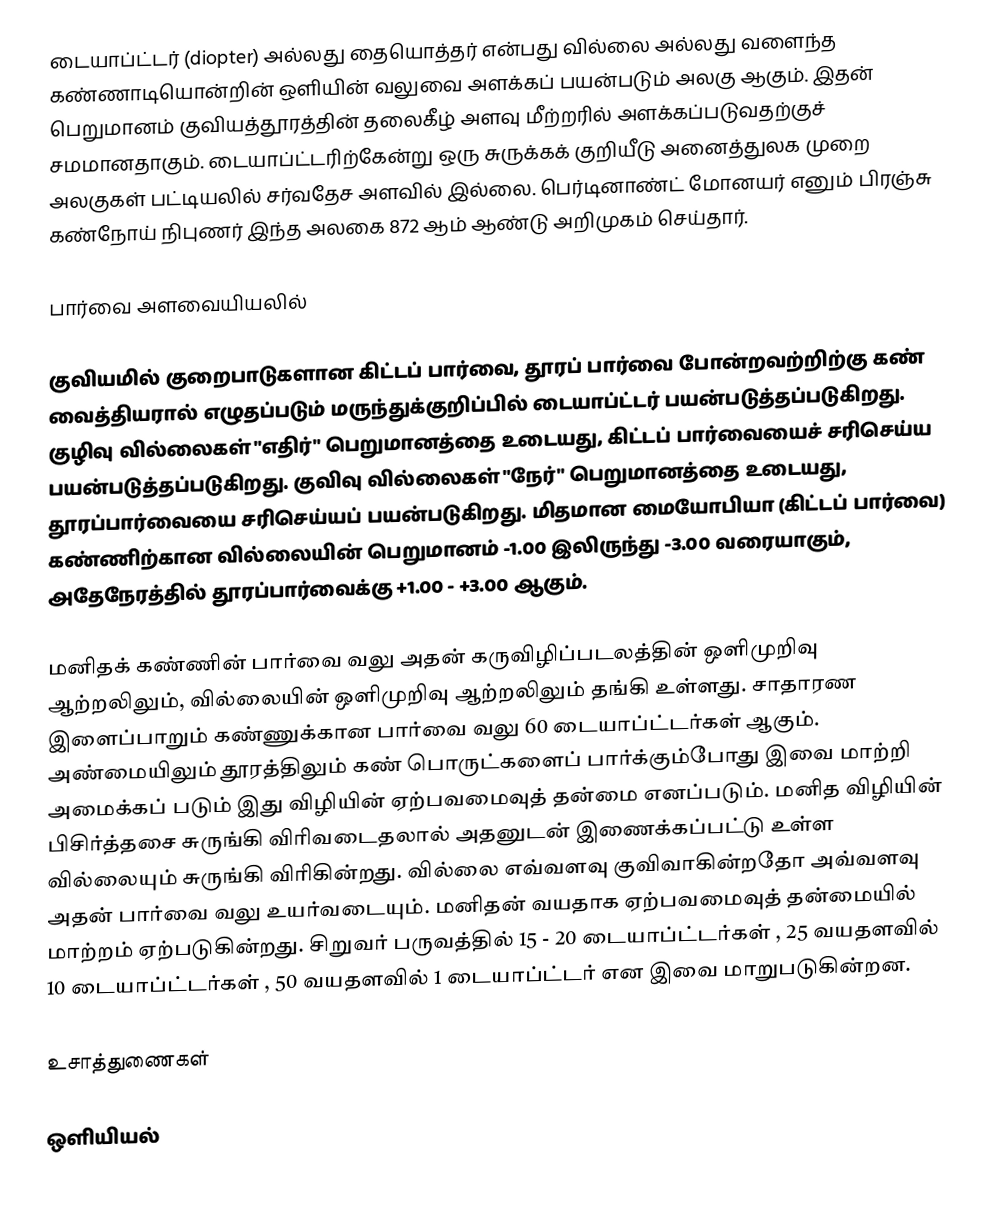
டையாப்ட்டர் (diopter) அல்லது தையொத்தர் என்பது வில்லை அல்லது வளைந்த கண்ணாடியொன்றின் ஒளியின் வலுவை அளக்கப் பயன்படும் அலகு ஆகும். இதன் பெறுமானம் குவியத்தூரத்தின் தலைகீழ் அளவு மீற்றரில் அளக்கப்படுவதற்குச் சமமானதாகும். டையாப்ட்டரிற்கேன்று ஒரு சுருக்கக் குறியீடு அனைத்துலக முறை அலகுகள் பட்டியலில் சர்வதேச அளவில் இல்லை. பெர்டினாண்ட் மோனயர் எனும் பிரஞ்சு கண்நோய் நிபுணர் இந்த அலகை 872 ஆம் ஆண்டு அறிமுகம் செய்தார்.

பார்வை அளவையியலில்

குவியமில் குறைபாடுகளான கிட்டப் பார்வை, தூரப் பார்வை போன்றவற்றிற்கு கண் வைத்தியரால் எழுதப்படும் மருந்துக்குறிப்பில் டையாப்ட்டர் பயன்படுத்தப்படுகிறது. குழிவு வில்லைகள் "எதிர்" பெறுமானத்தை உடையது, கிட்டப் பார்வையைச் சரிசெய்ய பயன்படுத்தப்படுகிறது. குவிவு வில்லைகள் "நேர்" பெறுமானத்தை உடையது, தூரப்பார்வையை சரிசெய்யப் பயன்படுகிறது. மிதமான மையோபியா (கிட்டப் பார்வை) கண்ணிற்கான வில்லையின் பெறுமானம் -1.00 இலிருந்து -3.00 வரையாகும், அதேநேரத்தில் தூரப்பார்வைக்கு +1.00 - +3.00 ஆகும்.

மனிதக் கண்ணின் பார்வை வலு அதன் கருவிழிப்படலத்தின் ஒளிமுறிவு ஆற்றலிலும், வில்லையின் ஒளிமுறிவு ஆற்றலிலும் தங்கி உள்ளது. சாதாரண இளைப்பாறும் கண்ணுக்கான பார்வை வலு 60 டையாப்ட்டர்கள் ஆகும். அண்மையிலும் தூரத்திலும் கண் பொருட்களைப் பார்க்கும்போது இவை மாற்றி அமைக்கப் படும் இது விழியின் ஏற்பவமைவுத் தன்மை எனப்படும். மனித விழியின் பிசிர்த்தசை சுருங்கி விரிவடைதலால் அதனுடன் இணைக்கப்பட்டு உள்ள வில்லையும் சுருங்கி விரிகின்றது. வில்லை எவ்வளவு குவிவாகின்றதோ அவ்வளவு அதன் பார்வை வலு உயர்வடையும். மனிதன் வயதாக ஏற்பவமைவுத் தன்மையில் மாற்றம் ஏற்படுகின்றது. சிறுவர் பருவத்தில் 15 - 20 டையாப்ட்டர்கள் , 25 வயதளவில் 10 டையாப்ட்டர்கள் , 50 வயதளவில் 1 டையாப்ட்டர் என இவை மாறுபடுகின்றன.

உசாத்துணைகள்

ஒளியியல்